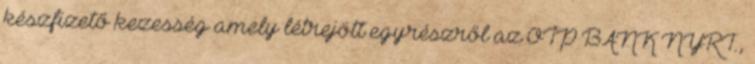
készfizető kezesség amely létrejött egyrészről az OTP BANK NYRT.,